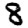
Digit: 8